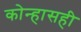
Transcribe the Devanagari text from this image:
कोन्हासही